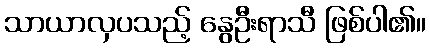
သာယာလှပသည့် နွေဦးရာသီ ဖြစ်ပါ၏။